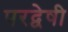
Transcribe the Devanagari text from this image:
परद्वेषी